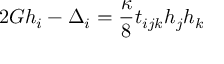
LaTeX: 2 G h _ { i } - \Delta _ { i } = \frac { \kappa } { 8 } t _ { i j k } h _ { j } h _ { k }